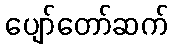
ပျော်တော်ဆက်